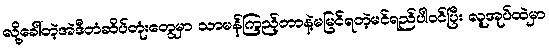
လို့ခေါ်တဲ့အဲဒီတံဆိပ်တုံးတွေမှာ သာမန်ကြည့်တာနဲ့မမြင်ရတဲ့မင်ရည်ပါဝင်ပြီး လူအုပ်ထဲမှာ